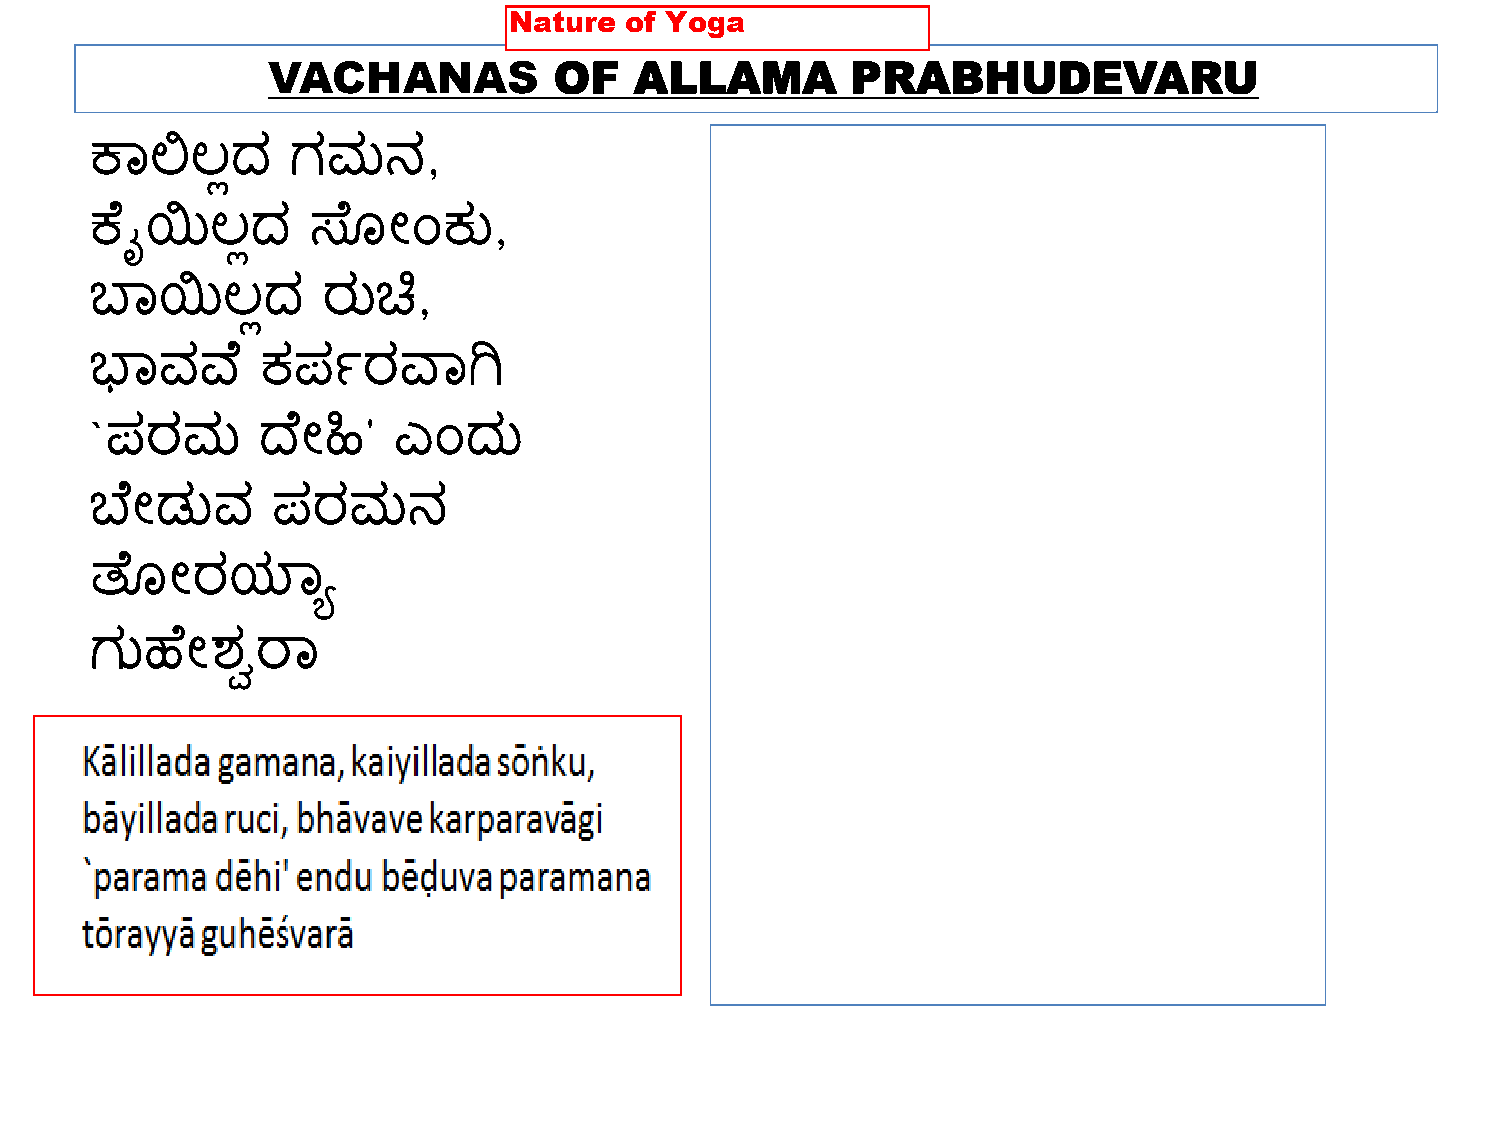
VACHANAS           OF   ALLAMA        PRABHUDEVARU
 ಕಾಲಿಲ್ಲದ     ಗಮನ,
 ಕ ೈಯಿಲ್ಲದ     ಸ  ್ೋಂಕು,
 ಬಾಯಿಲ್ಲದ       ರುಚಿ,
 ಭಾವವ್      ಕಪಣರವ್ಾಗಿ
 `ಪರಮ       ದ  ೋಹಿ'  ಎಂದು
 ಬ  ೋಡುವ     ಪರಮನ
 ತ  ್ೋರಯ್ಾಯ
 ಗುಹ   ೋಶ್ವರಾ